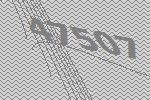
47507